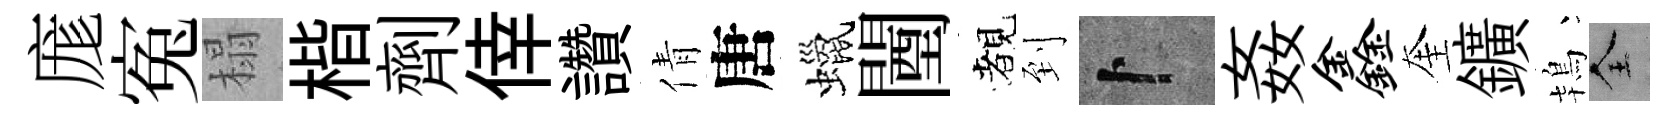
庬寃榻楷劑倖讚倩唐蠟闉覩到卜姦鑫奎鑛鴇全